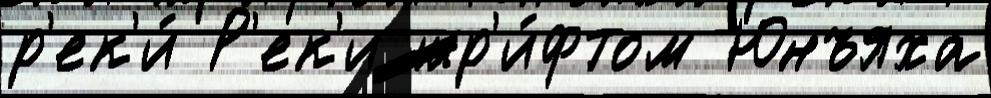
р'ек'и́ Р'ек'и шр'и́фтом Юнъяха